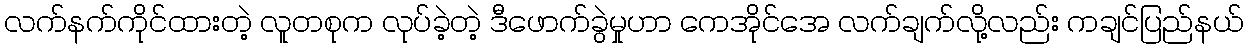
လက်နက်ကိုင်ထားတဲ့ လူတစုက လုပ်ခဲ့တဲ့ ဒီဖောက်ခွဲမှုဟာ ကေအိုင်အေ လက်ချက်လို့လည်း ကချင်ပြည်နယ်